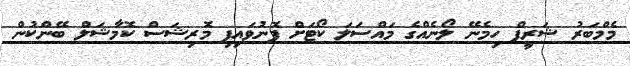
މެމްބަރު ޝަރީފް ހިމެނޭ ލޯނެއްގެ މައްސަލަ ކޯޓަށް ފޮނުވައިފި މޮރިޝަސް ކޮމާޝަލް ބޭންކުން